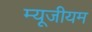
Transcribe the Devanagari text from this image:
म्यूजीयम